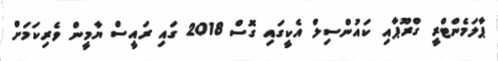
ޕާލަމެންޓްރީ ގްރޫޕާއި ކައުންސިލް އެކީގައި ގޮސް 2018 ގައި ރައީސް ޔާމީން ވެރިކަމަށް